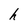
Character: h